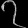
Digit: ၇